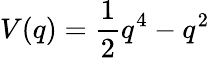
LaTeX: V(q)=\frac{1}{2}q^{4}-q^{2}